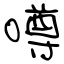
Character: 噂